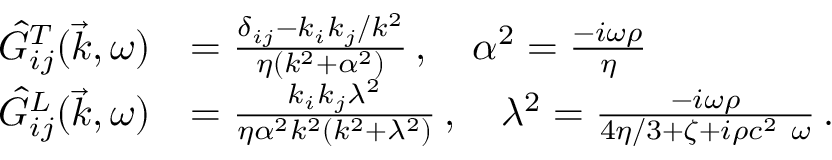
\begin{array} { r l } { \Hat { G } _ { i j } ^ { T } ( \vec { k } , \omega ) } & { = \frac { \delta _ { i j } - k _ { i } k _ { j } / k ^ { 2 } } { \eta ( k ^ { 2 } + \alpha ^ { 2 } ) } \, , \quad \alpha ^ { 2 } = \frac { - i \omega \rho } { \eta } } \\ { \Hat { G } _ { i j } ^ { L } ( \vec { k } , \omega ) } & { = \frac { k _ { i } k _ { j } \lambda ^ { 2 } } { \eta \alpha ^ { 2 } k ^ { 2 } ( k ^ { 2 } + \lambda ^ { 2 } ) } \, , \quad \lambda ^ { 2 } = \frac { - i \omega \rho } { 4 \eta / 3 + \zeta + i \rho c ^ { 2 } \ \omega } \, . } \end{array}